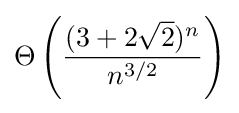
\Theta \left({\frac {(3+2{\sqrt {2}})^{n}}{n^{3/2}}}\right)